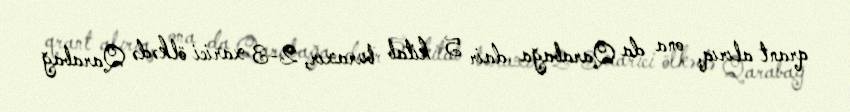
qrant alırıq, ona da Qarabağa dair 5 kitab buraxır, 2-3 xarici ölkədə Qarabağ